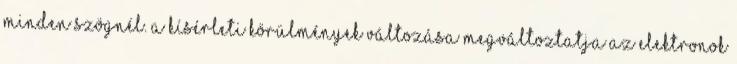
minden szögnél. A kísérleti körülmények változása megváltoztatja az elektronok